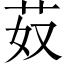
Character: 𦬻